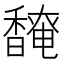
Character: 𬳡